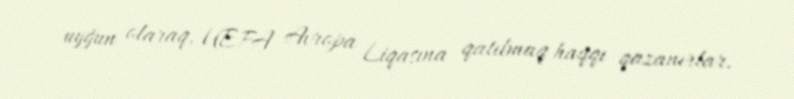
uyğun olaraq, UEFA Avropa Liqasına qatılmaq haqqı qazanırlar.